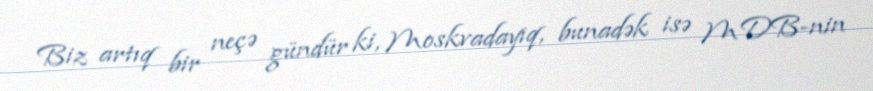
Biz artıq bir neçə gündür ki, Moskvadayıq, bunadək isə MDB-nin